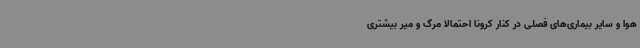
هوا و سایر بیماری‌های فصلی در کنار کرونا احتمالا مرگ و میر بیشتری